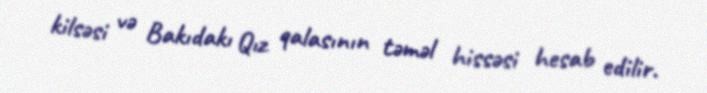
kilsəsi və Bakıdakı Qız qalasının təməl hissəsi hesab edilir.